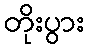
တိုးပွား